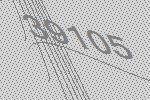
39105